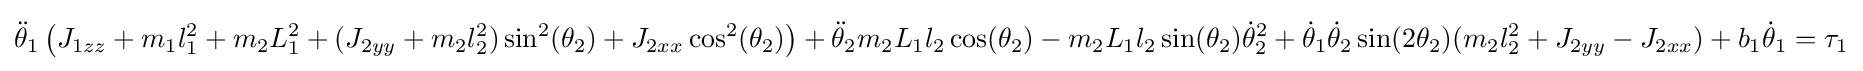
{\ddot {\theta }}_{1}\left(J_{1zz}+m_{1}l_{1}^{2}+m_{2}L_{1}^{2}+(J_{2yy}+m_{2}l_{2}^{2})\sin ^{2}(\theta _{2})+J_{2xx}\cos ^{2}(\theta _{2})\right)+{\ddot {\theta }}_{2}m_{2}L_{1}l_{2}\cos(\theta _{2})-m_{2}L_{1}l_{2}\sin(\theta _{2}){\dot {\theta }}_{2}^{2}+{\dot {\theta }}_{1}{\dot {\theta }}_{2}\sin(2\theta _{2})(m_{2}l_{2}^{2}+J_{2yy}-J_{2xx})+b_{1}{\dot {\theta }}_{1}=\tau _{1}